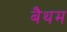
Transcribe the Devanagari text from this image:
बैथम